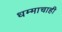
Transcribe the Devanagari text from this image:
धम्माचाही